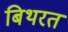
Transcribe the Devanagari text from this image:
बिथरत